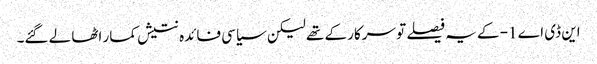
این ڈی اے 1- کے یہ فیصلے تو سرکار کے تھے لیکن سیاسی فائدہ نتیش کمار اٹھا لے گئے۔